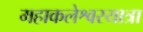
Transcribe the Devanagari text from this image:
महाकलेश्वरयात्रा